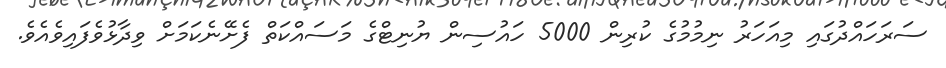
ސަރަހައްދުގައި މިއަހަރު ނިމުމުގެ ކުރިން 5000 ހައުސިން ޔުނިޓްގެ މަސައްކަތް ފެށޭނެކަމަށް ވިދާޅުވެފައިވެއެވެ.